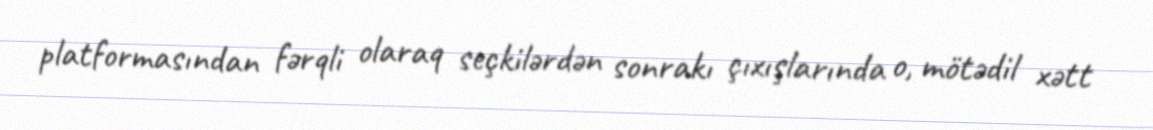
platformasından fərqli olaraq seçkilərdən sonrakı çıxışlarında o, mötədil xətt